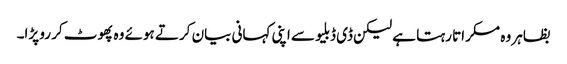
بظاہر وہ مسکراتا رہتا ہے لیکن ڈی ڈبلیو سے اپنی کہانی بیان کرتے ہوئے وہ پھوٹ کر رو پڑا۔